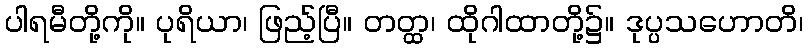
ပါရမီတို့ကို။ ပုရိယာ၊ ဖြည့်ပြီ။ တတ္ထ၊ ထိုဂါထာတို့၌။ ဒုပ္ပသဟောတိ၊